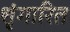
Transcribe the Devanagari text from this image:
शृंगारित